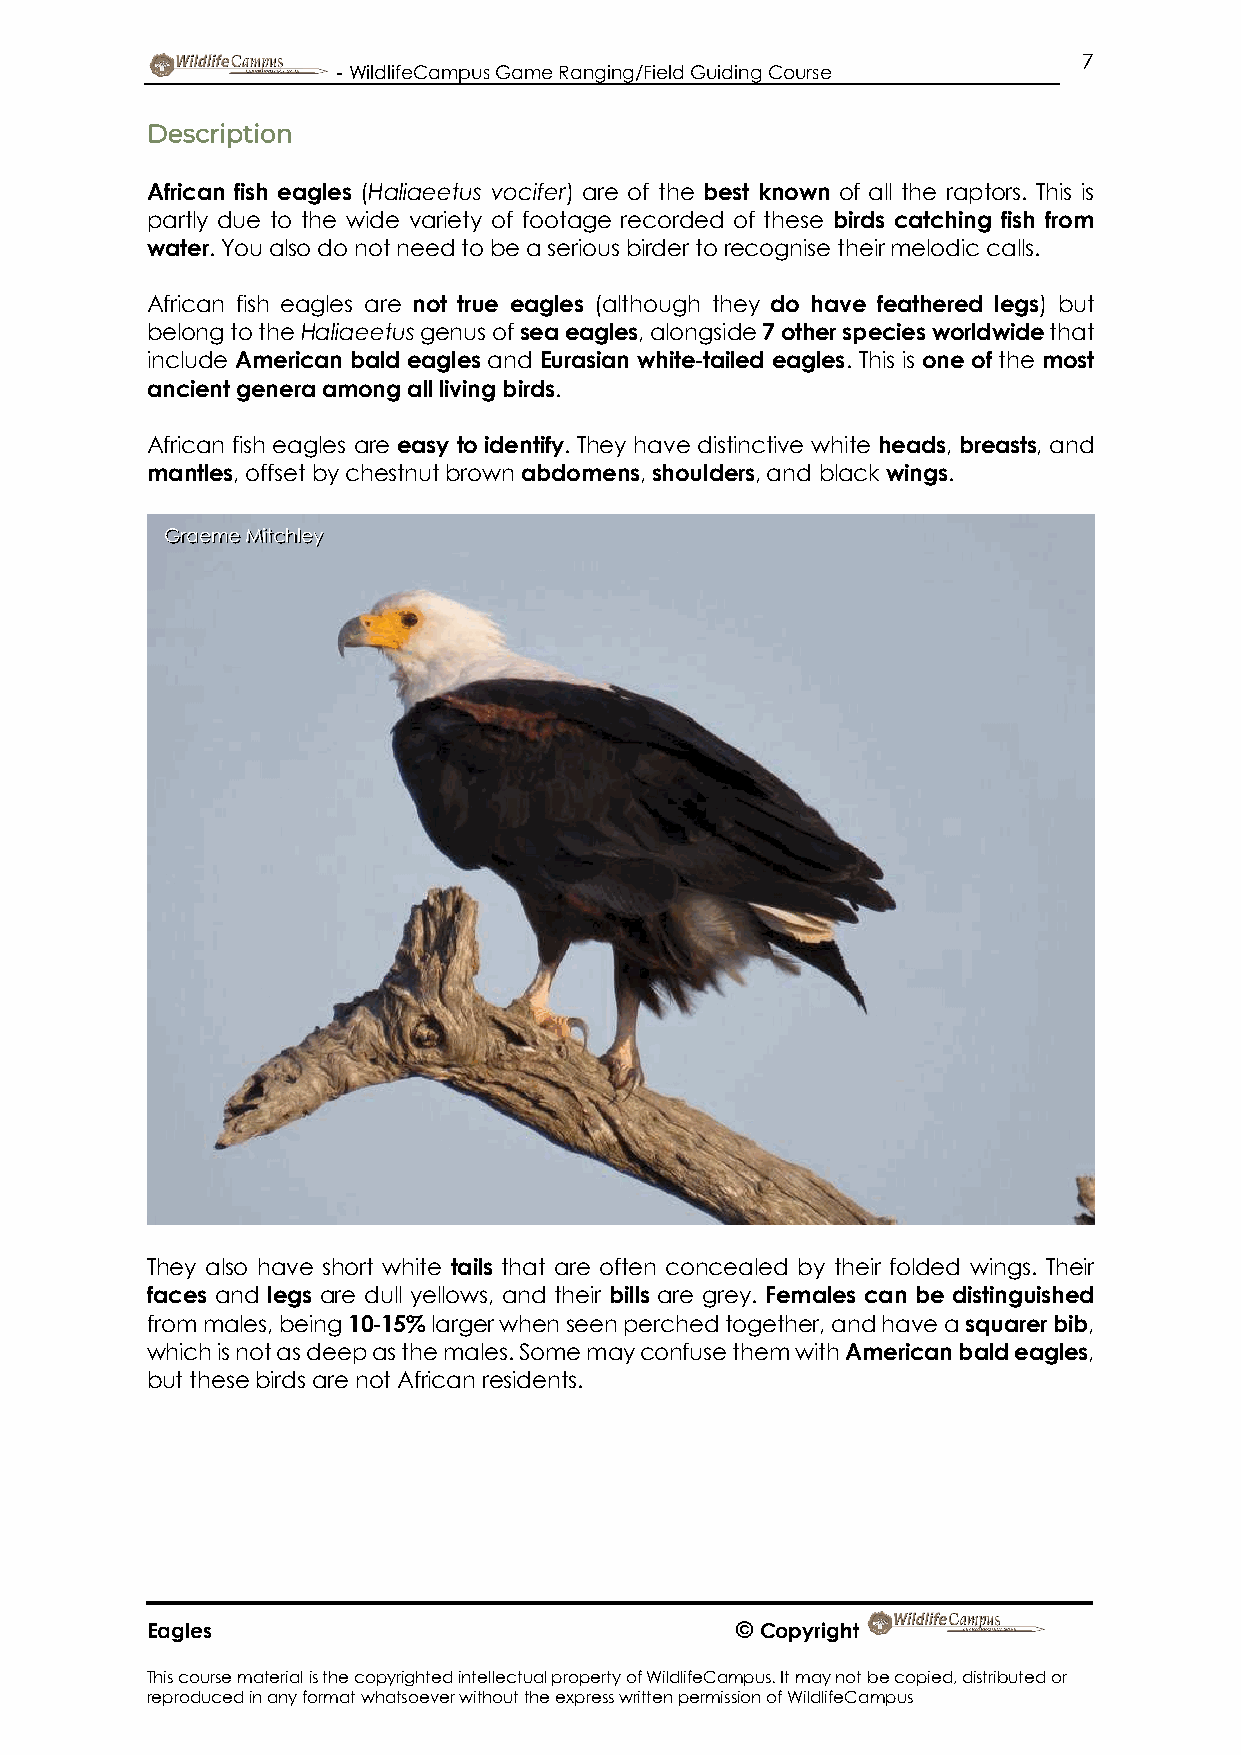
7
 - WildlifeCampus Game Ranging/Field Guiding Course
 Description
 African fish eagles (Haliaeetus vocifer) are of the best known of all the raptors. This is
 partly due to the wide variety of footage recorded of these birds catching fish from
 water. You also do not need to be a serious birder to recognise their melodic calls.
 African fish eagles are not true eagles (although they do have feathered legs) but
 belong to the Haliaeetus genus of sea eagles, alongside 7 other species worldwide that
 include American bald eagles and Eurasian white-tailed eagles. This is one of the most
 ancient genera among all living birds.
 African fish eagles are easy to identify. They have distinctive white heads, breasts, and
 mantles, offset by chestnut brown abdomens, shoulders, and black wings.
 Graeme Mitchley
 They also have short white tails that are often concealed by their folded wings. Their
 faces and legs are dull yellows, and their bills are grey. Females can be distinguished
 from males, being 10-15% larger when seen perched together, and have a squarer bib,
 which is not as deep as the males. Some may confuse them with American bald eagles,
 but these birds are not African residents.
 Eagles                                 © Copyright
 This course material is the copyrighted intellectual property of WildlifeCampus. It may not be copied, distributed or
 reproduced in any format whatsoever without the express written permission of WildlifeCampus